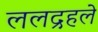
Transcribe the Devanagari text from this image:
ललद्रहले